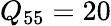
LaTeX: Q_{55}=20